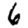
Digit: 6